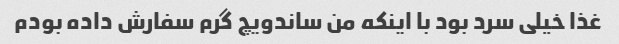
غذا خیلی سرد بود با اینکه من ساندویچ گرم سفارش داده بودم